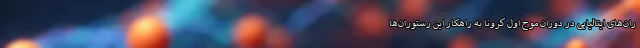
ران‌های ایتالیایی در دوران موج اول کرونا به ‌راهکار این رستوران‌ها